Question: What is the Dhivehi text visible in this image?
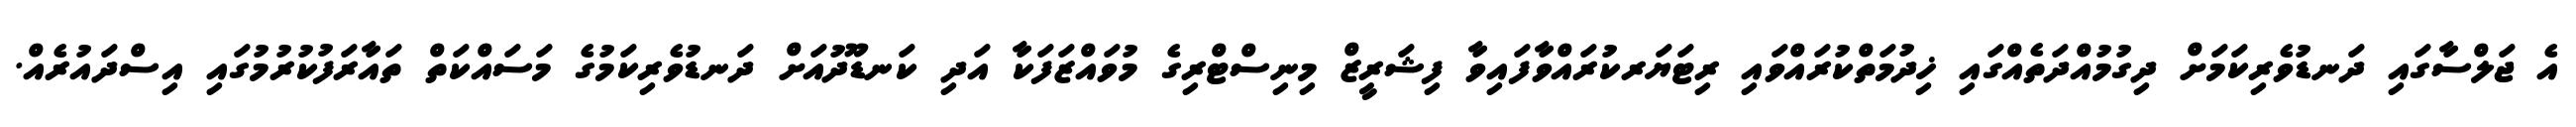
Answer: އެ ޖަލްސާގައި ދަނޑުވެރިކަމަށް ދިގުމުއްދަތެއްގައި ޚިދުމަތްކުރައްވައި ރިޓަޔަރކުރައްވާފައިވާ ފިޝަރީޒް މިނިސްޓްރިގެ މުވައްޒަފަކާ އަދި ކަނޑޫދުއަށް ދަނޑުވެރިކަމުގެ މަސައްކަތް ތައާރަފުކުރުމުގައި އިސްދައުރެއް.